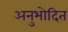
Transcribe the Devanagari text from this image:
अनुभोदित